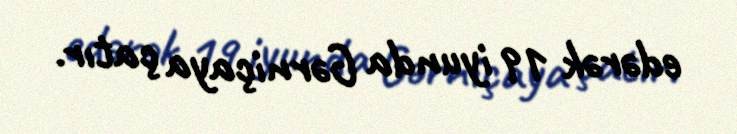
edərək 19 iyunda Gərniçaya çatır.